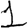
Digit: 1